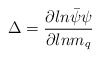
\begin{align*}\Delta={\partial ln \bar\psi\psi \over \partial ln m_q}\end{align*}